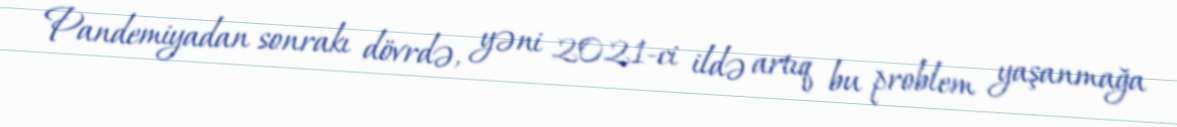
Pandemiyadan sonrakı dövrdə, yəni 2021-ci ildə artıq bu problem yaşanmağa